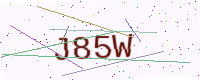
Text: J85W